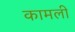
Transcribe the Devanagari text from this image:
कामली